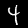
Label: 4